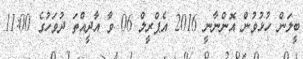
ބީލަން ހުޅުވުން އޮންނާނީ 2016 އެޕްރީލް 06 ވާ އާދީއްތަ ދުވަހުގެ 11:00